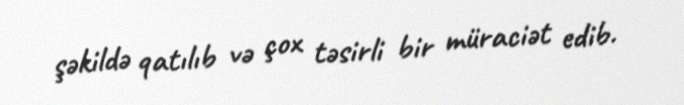
şəkildə qatılıb və çox təsirli bir müraciət edib.